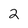
Character: 2